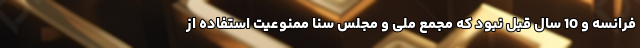
فرانسه و 10 سال قبل نبود که مجمع ملی و مجلس سنا ممنوعیت استفاده از